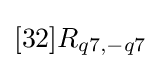
[32]R_{q7,-q7}